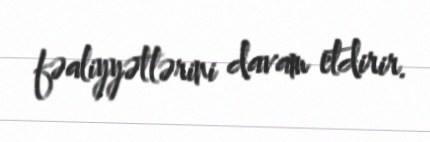
fəaliyyətlərini davam etdirir.